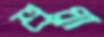
শুধ্‌রা